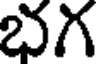
భగ